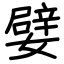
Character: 嬖